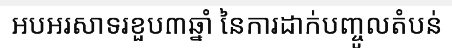
អបអរសាទរខួប៣ឆ្នាំ នៃការដាក់បញ្ចូលតំបន់